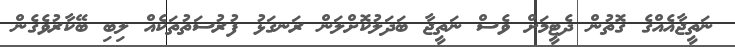
ނަތީޖާއެއްގެ ގޮތުން ދެޓީމަށް ވެސް ނަތީޖާ ބަދަލުކޮށްލަން ރަނގަޅު ފުރުސަތުތަކެއް ލިބި ބޭކާރުވެގެން